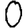
Digit: 0